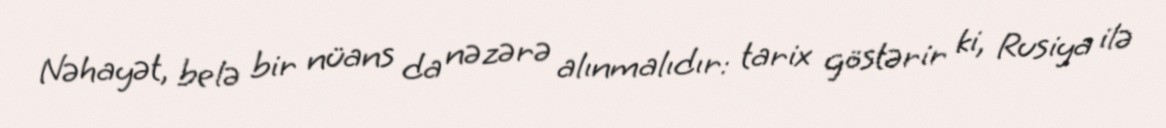
Nəhayət, belə bir nüans da nəzərə alınmalıdır: tarix göstərir ki, Rusiya ilə